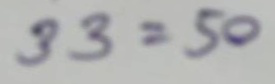
33 = 50